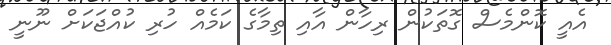
އެއީ ކޮންމެސް ގޮތަކުން ރިހާން އާއި ތިމާގެ ކަމެއް ހުރި ކުއްޖަކަށް ނޫނީ